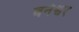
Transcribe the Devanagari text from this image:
वनेश्वर